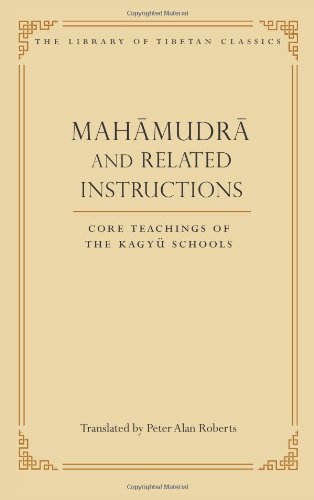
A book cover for Mahamudra and Related Instructions: Core Teachings of the Kagyu Schools (Library of Tibetan Classics); Religion & Spirituality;